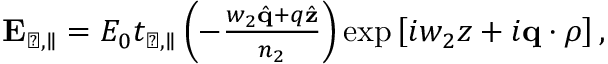
\begin{array} { r } { \mathbf { E } _ { \perp , \parallel } = E _ { 0 } t _ { \perp , \parallel } \left( - \frac { w _ { 2 } \hat { \mathbf { q } } + q \hat { \mathbf { z } } } { n _ { 2 } } \right) \exp \left[ i w _ { 2 } z + i \mathbf { q } \cdot \boldsymbol { \rho } \right] , } \end{array}